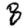
Digit: 8